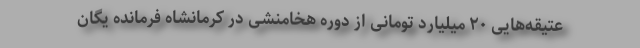
عتیقه‌هایی ۲۰ میلیارد تومانی از دوره هخامنشی در کرمانشاه فرمانده یگان